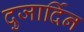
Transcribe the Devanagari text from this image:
दुजार्दिन